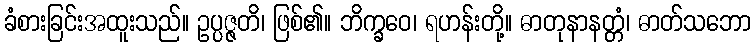
ခံစားခြင်းအထူးသည်။ ဥပ္ပဇ္ဇတိ၊ ဖြစ်၏။ ဘိက္ခဝေ၊ ရဟန်းတို့။ ဓာတုနာနတ္တံ၊ ဓာတ်သဘော